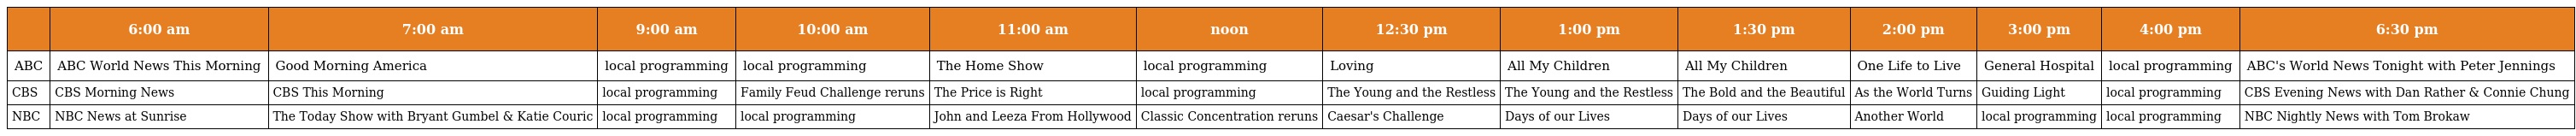
|  | 6:00 am | 7:00 am | 9:00 am | 10:00 am | 11:00 am | noon | 12:30 pm | 1:00 pm | 1:30 pm | 2:00 pm | 3:00 pm | 4:00 pm | 6:30 pm |
 | --- | --- | --- | --- | --- | --- | --- | --- | --- | --- | --- | --- | --- | --- |
 | ABC | ABC World News This Morning | Good Morning America | local programming | local programming | The Home Show | local programming | Loving | All My Children | All My Children | One Life to Live | General Hospital | local programming | ABC's World News Tonight with Peter Jennings |
 | CBS | CBS Morning News | CBS This Morning | local programming | Family Feud Challenge reruns | The Price is Right | local programming | The Young and the Restless | The Young and the Restless | The Bold and the Beautiful | As the World Turns | Guiding Light | local programming | CBS Evening News with Dan Rather & Connie Chung |
 | NBC | NBC News at Sunrise | The Today Show with Bryant Gumbel & Katie Couric | local programming | local programming | John and Leeza From Hollywood | Classic Concentration reruns | Caesar's Challenge | Days of our Lives | Days of our Lives | Another World | local programming | local programming | NBC Nightly News with Tom Brokaw |